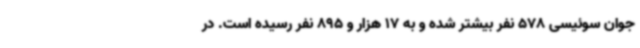
جوان سوئیسی 578 نفر بیشتر شده و به 17 هزار و 895 نفر رسیده است. در